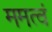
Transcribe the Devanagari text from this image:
ममत्वं